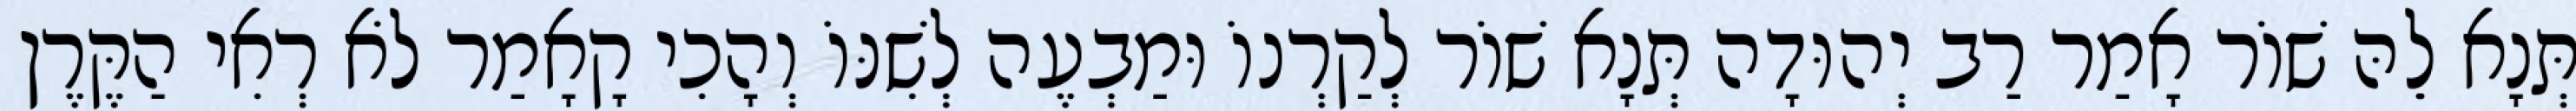
תְּנָא לֵהּ שׁוֹר אָמַר רַב יְהוּדָה תְּנָא שׁוֹר לְקַרְנוֹ וּמַבְעֶה לְשִׁנּוֹ וְהָכִי קָאָמַר לֹא רְאִי הַקֶּרֶן